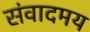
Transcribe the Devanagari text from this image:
संवादमय